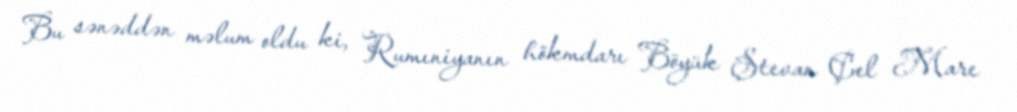
Bu sənəddən məlum oldu ki, Rumıniyanın hökmdarı Böyük Ştevan Çel Mare